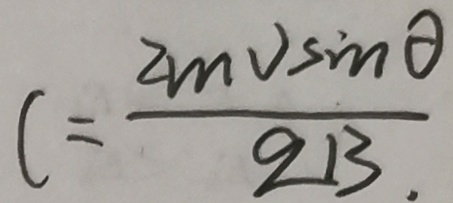
C = \frac { 2 m v \sin \theta } { q B . }